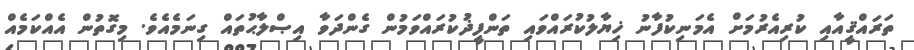
ތަރައްޤީއާއި ކުރިއެރުމަށް އެމަނިކުފާނު ޚިޔާލުކުރައްވައި ތަންފީޛުކުރައްވަމުން ގެންދަވާ އިޞްލާޙުތައް ގިނަމެއެވެ. މިގޮތުން އެއްކަމެއް